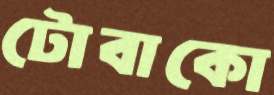
টোবাকো